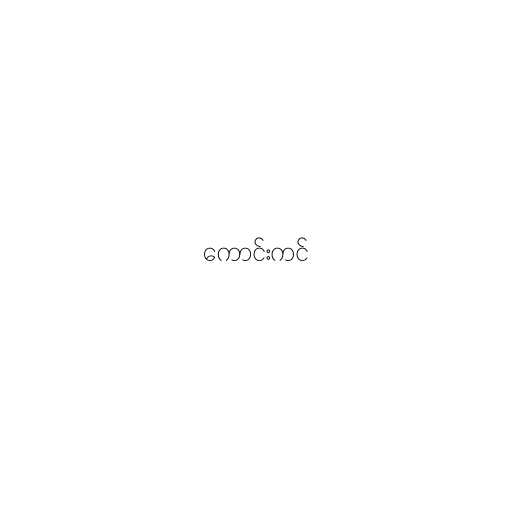
ကောင်းကင်